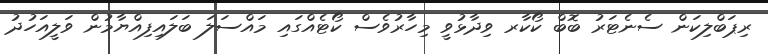
ރިޕަބްލިކަން ސެނެޓަރު ބޮބް ކޯކާރ ވިދާޅުވީ މިހާރުވެސް ކޯޓެއްގައި މައްސަލަ ބަލައިފިއްޔާމުން ވަލީއަހުދު